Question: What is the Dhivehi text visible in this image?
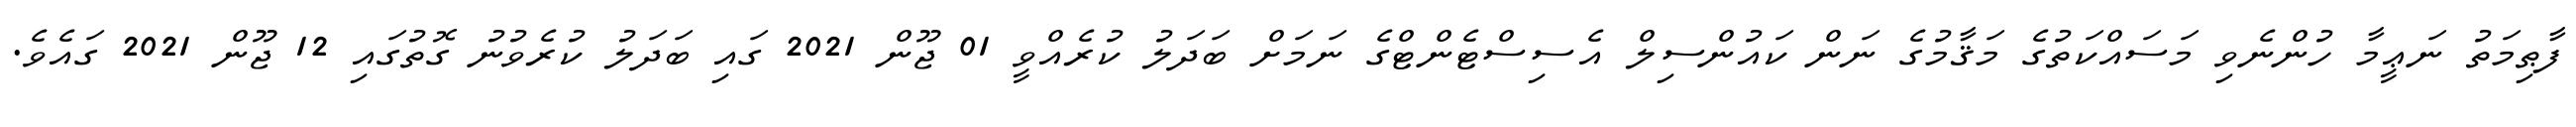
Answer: ފާޠިމަތު ނަޢީމާ ހުންނެވި މަސައްކަތުގެ މަޤާމުގެ ނަން ކައުންސިލް އެސިސްޓެންޓްގެ ނަމަށް ބަދަލު ކުރެއްވީ 01 ޖޫން 2021 ގައި ބަދަލު ކުރެވުނު ގޮތުގައި 12 ޖޫން 2021 ގައެވެ.